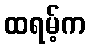
ထရမ့်က